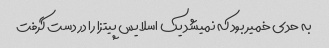
به حدی خمیر بود که نمیشد یک اسلایس پیتزا را در دست گرفت